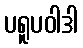
ပရူပဝါဒါ